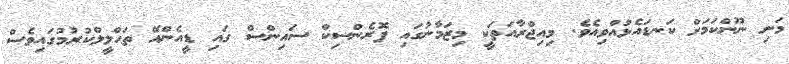
މަނި ނޫންކަމަށް ކަނޑައެޅުއްވިއެވެ. މިއިޖްރާއަތަކީ މިޒަމާނުގައި ފޮރެންސިކް ސައިންސް ގައި ޑީއެންއޭ ތަޙްލީލްކުރުމުގައިވެސް